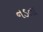
નડતા